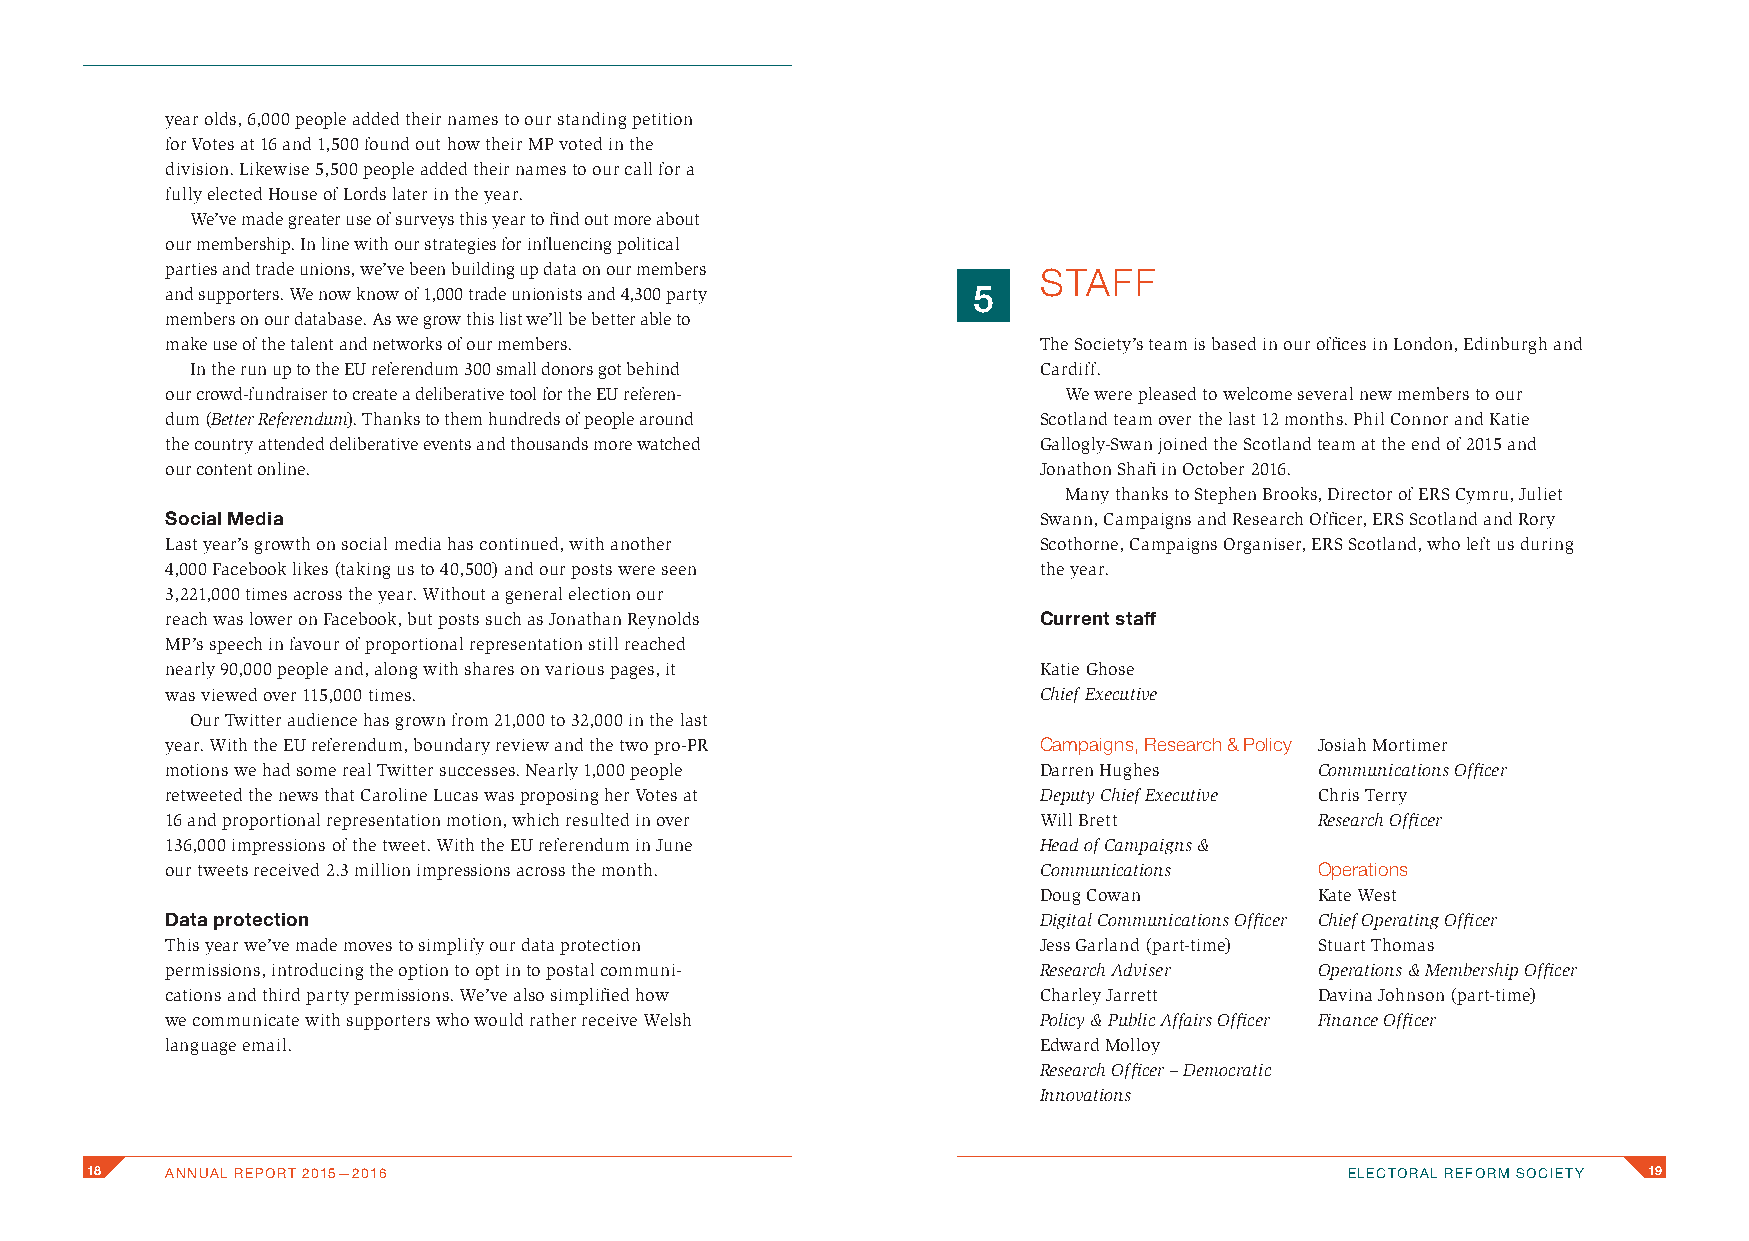
year olds, 6,000 people added their names to our standing petition
 for Votes at 16 and 1,500 found out how their MP voted in the
 division. Likewise 5,500 people added their names to our call for a
 fully elected House of Lords later in the year.
 We’ve made greater use of surveys this year to find out more about
 our membership. In line with our strategies for influencing political
 parties and trade unions, we’ve been building up data on our members STAFF
 and supporters. We now know of 1,000 trade unionists and 4,300 party 5
 members on our database. As we grow this list we’ll be better able to
 make use of the talent and networks of our members.       The Society’s team is based in our offices in London, Edinburgh and
 In the run up to the EU referendum 300 small donors got behind Cardiff.
 our crowd-fundraiser to create a deliberative tool for the EU referen- We were pleased to welcome several new members to our
 dum (Better Referendum). Thanks to them hundreds of people around Scotland team over the last 12 months. Phil Connor and Katie
 the country attended deliberative events and thousands more watched Gallogly-Swan joined the Scotland team at the end of 2015 and
 our content online.                                       Jonathon Shafi in October 2016.
 Many thanks to Stephen Brooks, Director of ERS Cymru, Juliet
 Social Media                                              Swann, Campaigns and Research Officer, ERS Scotland and Rory
 Last year’s growth on social media has continued, with another Scothorne, Campaigns Organiser, ERS Scotland, who left us during
 4,000 Facebook likes (taking us to 40,500) and our posts were seen the year.
 3,221,000 times across the year. Without a general election our
 reach was lower on Facebook, but posts such as Jonathan Reynolds Current staff
 MP’s speech in favour of proportional representation still reached
 nearly 90,000 people and, along with shares on various pages, it Katie Ghose
 was viewed over 115,000 times.                            Chief Executive
 Our Twitter audience has grown from 21,000 to 32,000 in the last
 year. With the EU referendum, boundary review and the two pro-PR Campaigns, Research & Policy Josiah Mortimer
 motions we had some real Twitter successes. Nearly 1,000 people Darren Hughes Communications Officer
 retweeted the news that Caroline Lucas was proposing her Votes at Deputy Chief Executive Chris Terry
 16 and proportional representation motion, which resulted in over Will Brett Research Officer
 136,000 impressions of the tweet. With the EU referendum in June Head of Campaigns &
 our tweets received 2.3 million impressions across the month. Communications Operations
 Doug Cowan        Kate West
 Data protection                                           Digital Communications Officer Chief Operating Officer
 This year we’ve made moves to simplify our data protection Jess Garland (part-time) Stuart Thomas
 permissions, introducing the option to opt in to postal communi- Research Adviser Operations & Membership Officer
 cations and third party permissions. We’ve also simplified how Charley Jarrett Davina Johnson (part-time)
 we communicate with supporters who would rather receive Welsh Policy & Public Affairs Officer Finance Officer
 language email.                                           Edward Molloy
 Research Officer – Democratic
 Innovations
 18   ANNUAL REPORT 2015—2016                                                       ELECTORAL REFORM SOCIETY 19